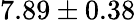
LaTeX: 7.89\pm 0.38